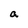
Character: a